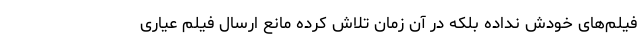
فیلم‌های خودش نداده بلکه در آن زمان تلاش کرده مانع ارسال فیلم عیاری